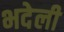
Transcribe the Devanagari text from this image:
भदेली